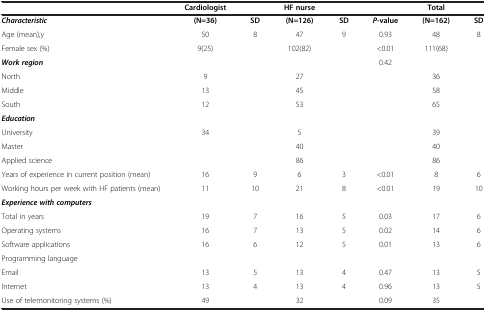
|  | Cardiologist |  | HF nurse |  |  | Total |  |
 | --- | --- | --- | --- | --- | --- | --- | --- |
 | Characteristic | (N=36) | SD | (N=126) | SD | P-value | (N=162) | SD |
 | Age (mean),y | 50 | 8 | 47 | 9 | 0.93 | 48 | 8 |
 | Female sex (%) | 9(25) |  | 102(82) |  | <0.01 | 111(68) |  |
 | Work region |  |  |  |  | 0.42 |  |  |
 | North | 9 |  | 27 |  |  | 36 |  |
 | Middle | 13 |  | 45 |  |  | 58 |  |
 | South | 12 |  | 53 |  |  | 65 |  |
 | Education |  |  |  |  |  |  |  |
 | University | 34 |  | 5 |  |  | 39 |  |
 | Master |  |  | 40 |  |  | 40 |  |
 | Applied science |  |  | 86 |  |  | 86 |  |
 | Years of experience in current position (mean) | 16 | 9 | 6 | 3 | <0.01 | 8 | 6 |
 | Working hours per week with HF patients (mean) | 11 | 10 | 21 | 8 | <0.01 | 19 | 10 |
 | Experience with computers |  |  |  |  |  |  |  |
 | Total in years | 19 | 7 | 16 | 5 | 0.03 | 17 | 6 |
 | Operating systems | 16 | 7 | 13 | 5 | 0.02 | 14 | 6 |
 | Software applications | 16 | 6 | 12 | 5 | 0.01 | 13 | 6 |
 | Programming language |  |  |  |  |  |  |  |
 | Email | 13 | 5 | 13 | 4 | 0.47 | 13 | 5 |
 | Internet | 13 | 4 | 13 | 4 | 0.96 | 13 | 5 |
 | Use of telemonitoring systems (%) | 49 |  | 32 |  | 0.09 | 35 |  |